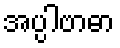
အပ္ပါဗာဓာ